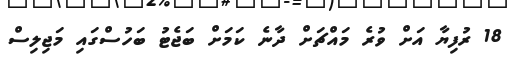
18 ރުފިޔާ އަށް ވުރެ މައްޗަށް ދާނެ ކަމަށް ބަޖެޓު ބަހުސްގައި މަޖިލިސް